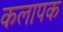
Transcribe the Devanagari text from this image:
कलापक